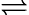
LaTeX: \rightleftharpoons